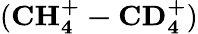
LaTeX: (\mathbf{CH_{4}^{+}-CD_{4}^{+}})